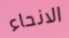
الانحاء